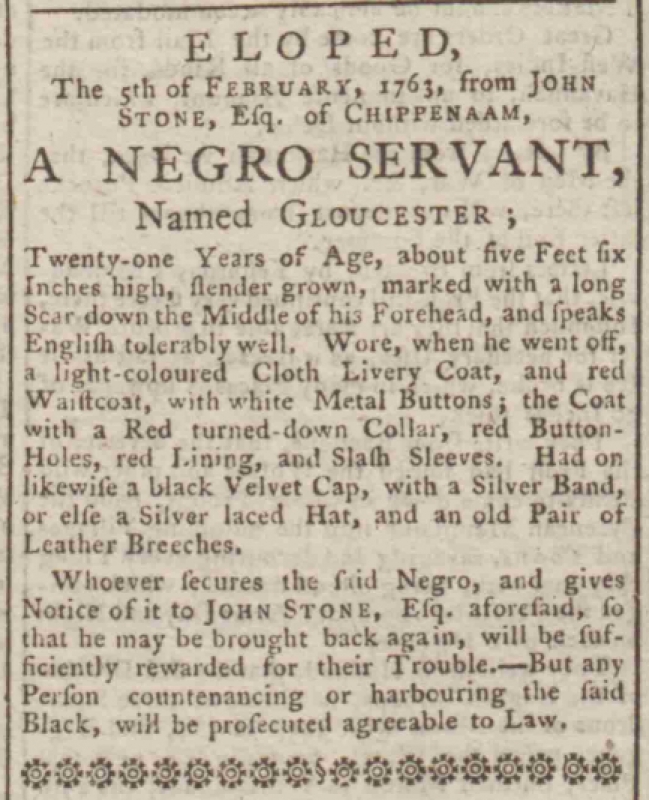
Bath Chronicle and Weekly Gazette, 10 February 1763 (England)
            ELOPED,The 5th FEBRUARY, 1763, from JOHN STONE, Esq. of CHIPPENAAM,A NEGRO SERVANT,Named GLOUCESTER;Twenty-one Years of Age, about five Feet six Inches high, slender grown, marked with a long Scar down the Middle of his Forehead, and speaks English tolerably well. Wore, when he went off, a light-coloured Cloth Livery Coat, and red Waistcoat, with white Metal Buttons; the Coat with a Red turned-down Collar, red Button-Holes, red Lining, and Slash Sleeves. Had on likewise a black Velvet Cap, with a Silver Band, or else a Silver laced Hat, and an old Pair of Leather Breeches.  Whoever secures the said Negro, and gives Notice of it to JOHN STONE, Esq. aforesaid, so that he may be brought back again, will be sufficiently rewarded for their Trouble. – But any Person countenancing or harbouring the said Black, will be prosecuted agreeable to Law.